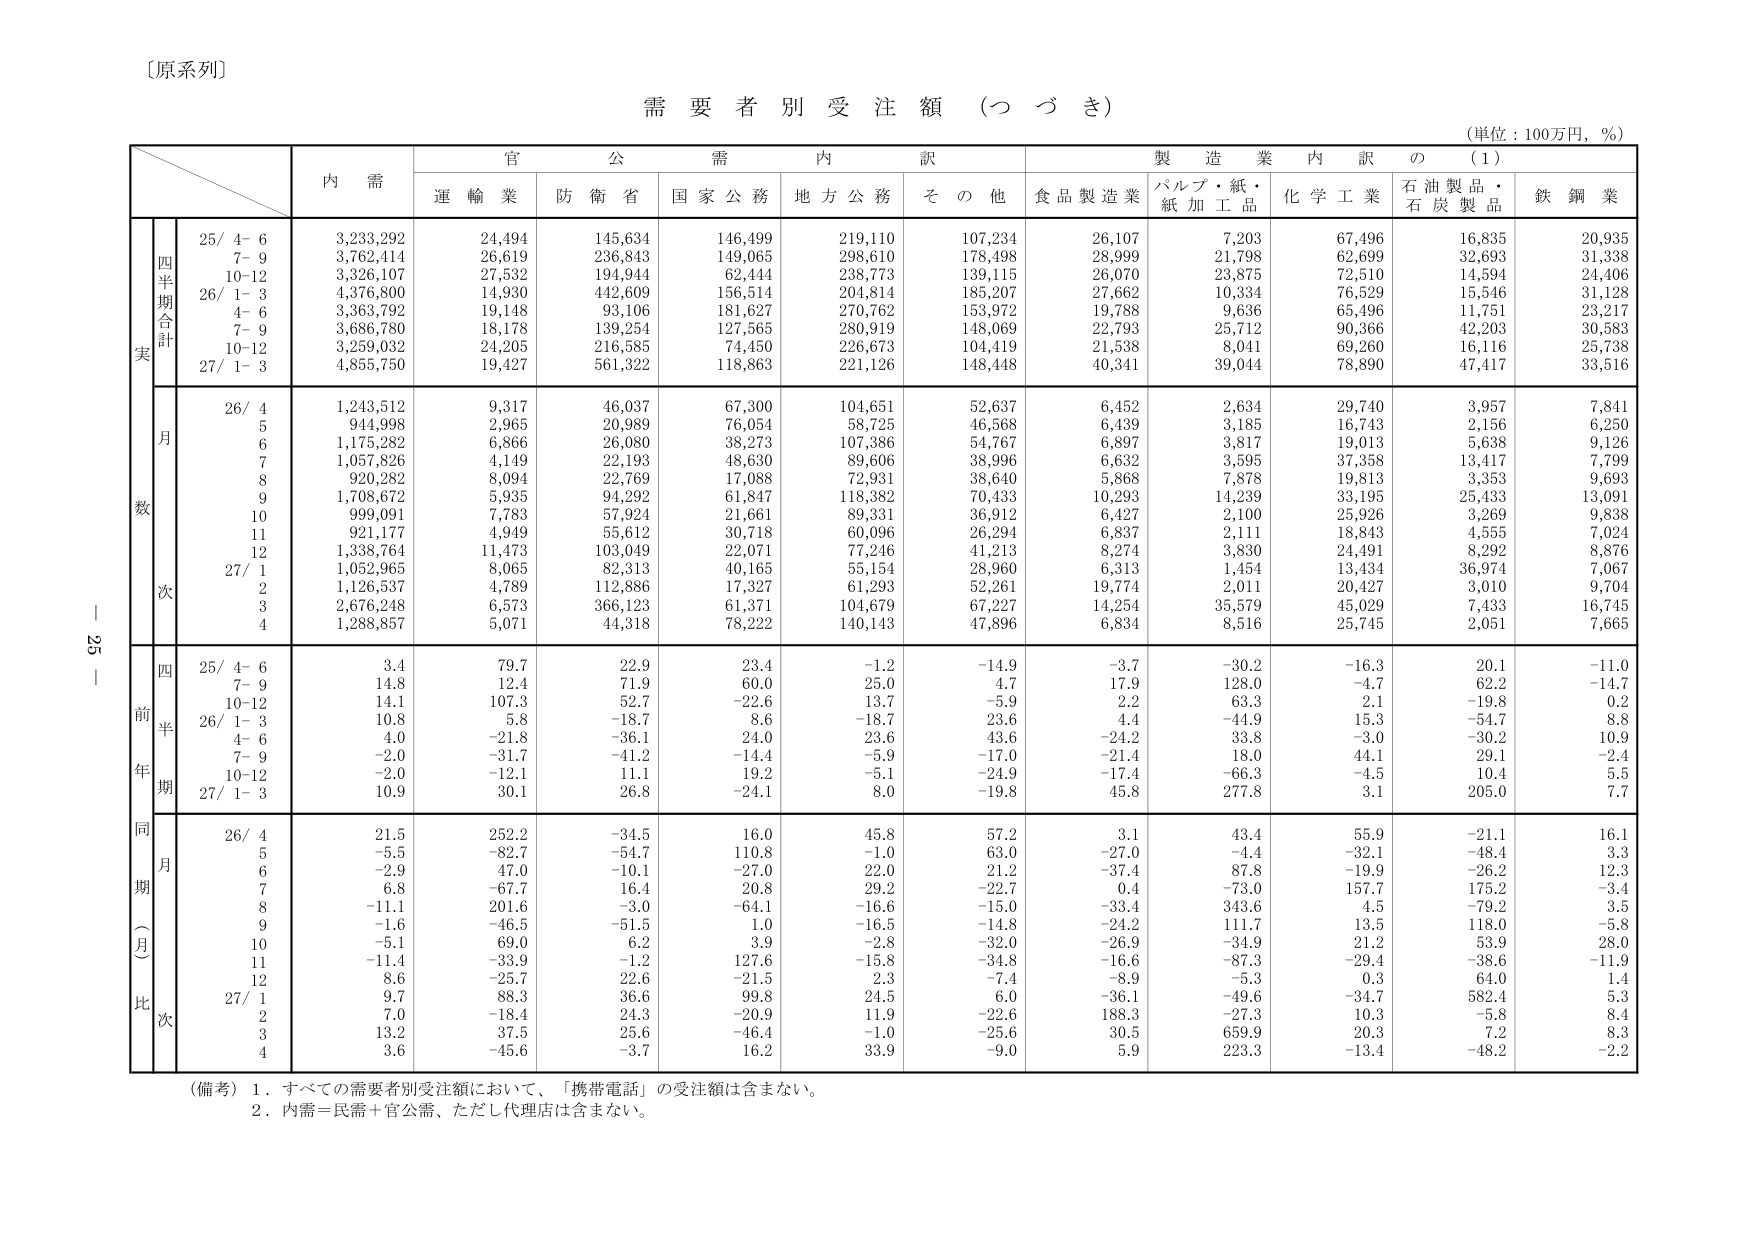
〔原系列〕

需要者別受注額（つづき）

（単位：100万円，％）

内 需
官 公 需 内 訳
製 造 業 内 訳 の（1）

運 輸 業
防 衛 省
国家公務
地方公務
そ の 他
食品製造業
パルプ・紙・紙加工品
化学工業
石油製品・石炭製品
鉄 鋼 業

四半期合計
実
25/ 4- 6
3,233,292
24,494
145,634
146,499
219,110
107,234
26,107
7,203
67,496
16,835
20,935
7- 9
3,762,414
26,619
236,843
149,065
298,610
178,498
28,999
21,798
62,699
32,693
31,338
10-12
3,326,107
27,532
194,944
62,444
238,773
139,115
26,070
23,875
72,510
14,594
24,406
26/ 1- 3
4,376,800
14,930
442,609
156,514
204,814
185,207
27,662
10,334
76,529
15,546
31,128
4- 6
3,363,792
19,148
93,106
181,627
270,762
153,972
19,788
9,636
65,496
11,751
23,217
7- 9
3,686,780
18,178
139,254
127,565
280,919
148,069
22,793
25,712
90,366
42,203
30,583
10-12
3,259,032
24,205
216,585
74,450
226,673
104,419
21,538
8,041
69,260
16,116
25,738
27/ 1- 3
4,855,750
19,427
561,322
118,863
221,126
148,448
40,341
39,044
78,890
47,417
33,516

月
数
26/ 4
1,243,512
9,317
46,037
67,300
104,651
52,637
6,452
2,634
29,740
3,957
7,841
5
944,998
2,965
20,989
76,054
58,725
46,568
6,439
3,185
16,743
2,156
6,250
6
1,175,282
6,866
26,080
38,273
107,386
54,767
6,897
3,817
19,013
5,638
9,126
7
1,057,826
4,149
22,193
48,630
89,606
38,996
6,632
3,595
37,358
13,417
7,799
8
920,282
8,094
22,769
17,088
72,931
38,640
5,868
7,878
19,813
3,353
9,693
9
1,708,672
5,935
94,292
61,847
118,382
70,433
10,293
14,239
33,195
25,433
13,091
10
999,091
7,783
57,924
21,661
89,331
36,912
6,427
2,100
25,926
3,269
9,838
11
921,177
4,949
55,612
30,718
60,096
26,294
6,837
2,111
18,843
4,555
7,024
12
1,338,764
11,473
103,049
22,071
77,246
41,213
8,274
3,830
24,491
8,292
8,876
27/ 1
1,052,965
8,065
82,313
40,165
55,154
28,960
6,313
1,454
13,434
36,974
7,067
2
1,126,537
4,789
112,886
17,327
61,293
52,261
19,774
2,011
20,427
3,010
9,704
3
2,676,248
6,573
366,123
61,371
104,679
67,227
14,254
35,579
45,029
7,433
16,745
4
1,288,857
5,071
44,318
78,222
140,143
47,896
6,834
8,516
25,745
2,051
7,665

四
前
半
年
期
25/ 4- 6
3.4
79.7
22.9
23.4
-1.2
-14.9
-3.7
-30.2
-16.3
20.1
-11.0
7- 9
14.8
12.4
71.9
60.0
25.0
4.7
17.9
128.0
-4.7
62.2
-14.7
10-12
14.1
107.3
52.7
-22.6
13.7
-5.9
2.2
63.3
2.1
-19.8
0.2
26/ 1- 3
10.8
5.8
-18.7
8.6
-18.7
23.6
4.4
-44.9
15.3
-54.7
8.8
4- 6
4.0
-21.8
-36.1
24.0
23.6
43.6
-24.2
33.8
-3.0
-30.2
10.9
7- 9
-2.0
-31.7
-41.2
-14.4
-5.9
-17.0
-21.4
18.0
44.1
29.1
-2.4
10-12
-2.0
-12.1
11.1
19.2
-5.1
-24.9
-17.4
-66.3
-4.5
10.4
5.5
27/ 1- 3
10.9
30.1
26.8
-24.1
8.0
-19.8
45.8
277.8
3.1
205.0
7.7

同
月
期
（月）
比
次
26/ 4
21.5
252.2
-34.5
16.0
45.8
57.2
3.1
43.4
55.9
-21.1
16.1
5
-5.5
-82.7
-54.7
110.8
-1.0
63.0
-27.0
-4.4
-32.1
-48.4
3.3
6
-2.9
47.0
-10.1
-27.0
22.0
21.2
-37.4
87.8
-19.9
-26.2
12.3
7
6.8
-67.7
16.4
20.8
29.2
-22.7
0.4
-73.0
157.7
175.2
-3.4
8
-11.1
201.6
-3.0
-64.1
-16.6
-15.0
-33.4
343.6
4.5
-79.2
3.5
9
-1.6
-46.5
-51.5
1.0
-16.5
-14.8
-24.2
111.7
13.5
118.0
-5.8
10
-5.1
69.0
6.2
3.9
-2.8
-32.0
-26.9
-34.9
21.2
53.9
28.0
11
-11.4
-33.9
-1.2
127.6
-15.8
-34.8
-16.6
-87.3
-29.4
-38.6
-11.9
12
8.6
-25.7
22.6
-21.5
2.3
-7.4
-8.9
-5.3
0.3
64.0
1.4
27/ 1
9.7
88.3
36.6
99.8
24.5
6.0
-36.1
-49.6
-34.7
582.4
5.3
2
7.0
-18.4
24.3
-20.9
11.9
-22.6
188.3
-27.3
10.3
-5.8
8.4
3
13.2
37.5
25.6
-46.4
-1.0
-25.6
30.5
659.9
20.3
7.2
8.3
4
3.6
-45.6
-3.7
16.2
33.9
-9.0
5.9
223.3
-13.4
-48.2
-2.2

（備考）1．すべての需要者別受注額において、「携帯電話」の受注額は含まない。
2．内需＝民需＋官公需、ただし代理店は含まない。